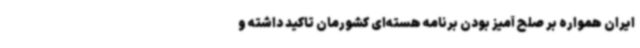
ایران همواره بر صلح آمیز بودن برنامه هسته‌ای کشورمان تاکید داشته و